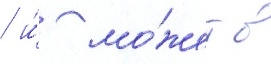
/ и́ мо́жет в